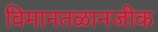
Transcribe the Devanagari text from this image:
विमानतळानजीक